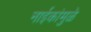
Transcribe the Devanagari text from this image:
नाईकांमुळे